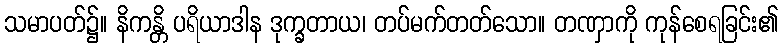
သမာပတ်၌။ နိကန္တိ ပရိယာဒါန ဒုက္ခတာယ၊ တပ်မက်တတ်သော။ တဏှာကို ကုန်စေရခြင်း၏